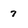
Character: 7